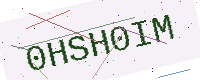
Text: 0HSH0IM